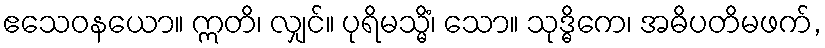
ဧသေဝနယော။ ဣတိ၊ လျှင်။ ပုရိမသ္မိံ၊ သော။ သုဒ္ဓိကေ၊ အဓိပတိမဖက်,